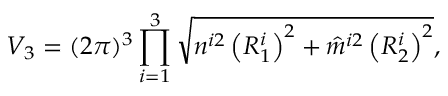
V _ { 3 } = ( 2 \pi ) ^ { 3 } \prod _ { i = 1 } ^ { 3 } \sqrt { n ^ { i 2 } \left( R _ { 1 } ^ { i } \right) ^ { 2 } + \hat { m } ^ { i 2 } \left( R _ { 2 } ^ { i } \right) ^ { 2 } } ,